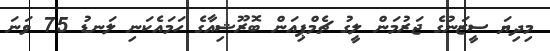
މިދިޔަ ސީޒަނުގެ ޖަރުމަން ލީގު ޗެމްޕިއަން ބޮރޫޝިއާގެ ހަމައެކަނި ލަނޑު 75 ވަނަ